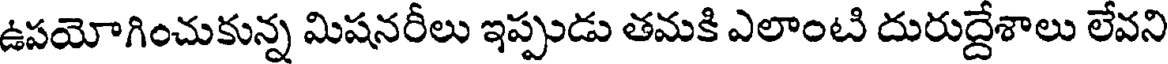
ఉపయోగించుకున్న మిషనరీలు ఇప్పుడు తమకి ఎలాంటి దురుద్దేశాలు లేవని